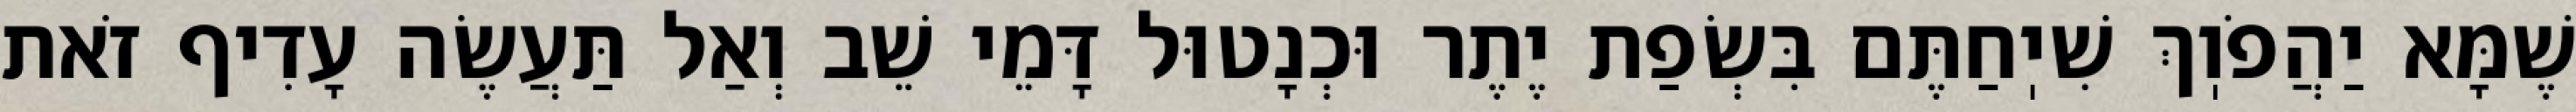
שֶׁמָּא יַהֲפֹוֽךְ שִׁיֽחַתֶּם בִּשְׂפַת יֶתֶר וּכְנָטוּל דָּמֵי שֵׁב וְאַל תַּעֲשֶׂה עָדִיף זֹאת